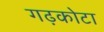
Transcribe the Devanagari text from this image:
गढ़कोटा